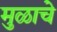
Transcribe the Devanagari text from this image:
मुळाचे